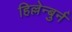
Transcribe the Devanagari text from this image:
हिल्लेन्बुर्न